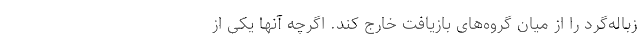
زباله‌گرد را از میان گروه‌های بازیافت خارج کند. اگرچه آنها یکی از